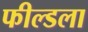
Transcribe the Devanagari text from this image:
फील्डला